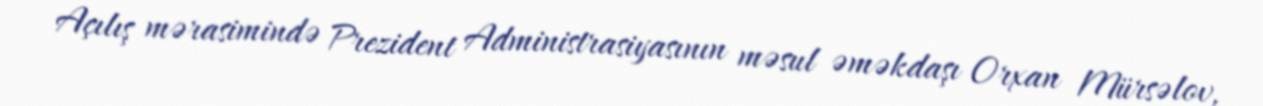
Açılış mərasimində Prezident Administrasiyasının məsul əməkdaşı Orxan Mürsəlov,